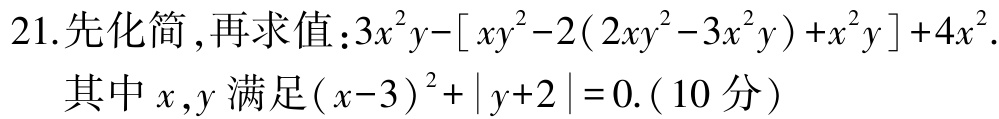
21.先化简 ,再求值：$3x^{2}y-[ xy^{2}-2(2xy^{2}-3x^{2}y)+x^{2}y]+4x^{2}$.

其中$x,y$满足$(x - 3)^{2}+|y + 2| = 0$.（10分）